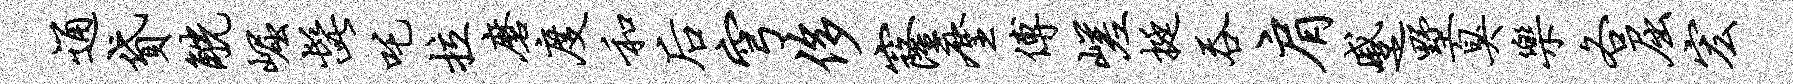
通贷觥崛髭吒拉磨度和後穹侈窿麈傅嵯挺吞肩蹙墅臭乐各屈宏